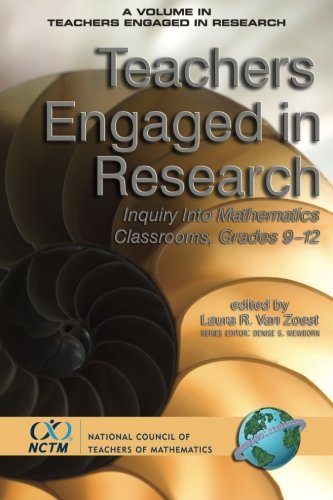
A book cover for Teachers Engaged in Research: Inquiry into Mathematics Classrooms, Grades 9-12; Science & Math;